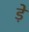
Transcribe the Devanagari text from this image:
ड़े